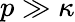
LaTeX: p\gg\kappa